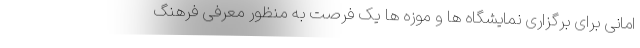
امانی برای برگزاری نمایشگاه ها و موزه ها یک فرصت به منظور معرفی فرهنگ